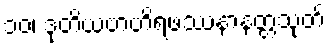
၁၀၊ ဒုတိယဗာဟိရဖဿနာနတ္တသုတ်